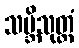
သဗ္ဘိသုတ္တံ